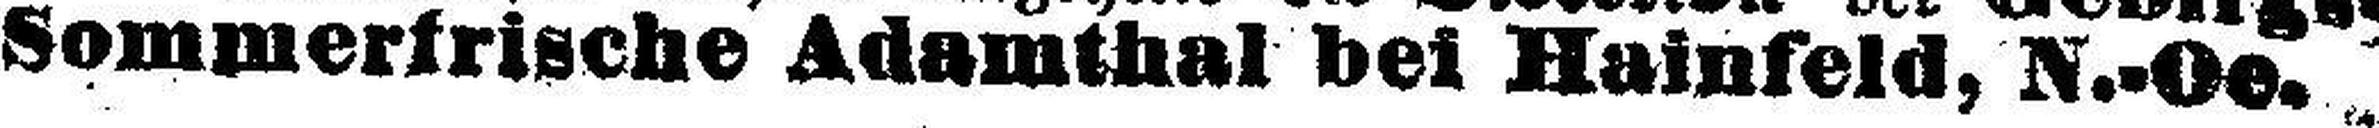
Sommerfrische Adamthal bei Hainfeld, N.=Oe.